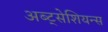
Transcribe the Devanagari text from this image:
अब्ट्सेशियन्स